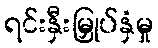
ရင်းနှီးမြှုပ်နှံမှု